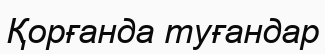
Қорғанда туғандар